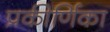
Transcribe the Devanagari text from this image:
प्रकीर्णिका